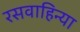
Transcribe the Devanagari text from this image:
रसवाहिन्या